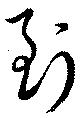
到